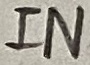
Text: IN